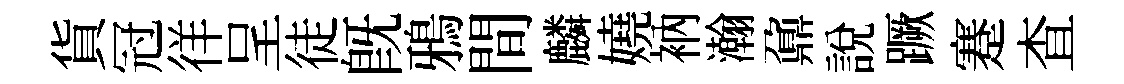
貨冠徉呈徒旣鴉間麟嬈衲瀚鼐說蹶蹇查